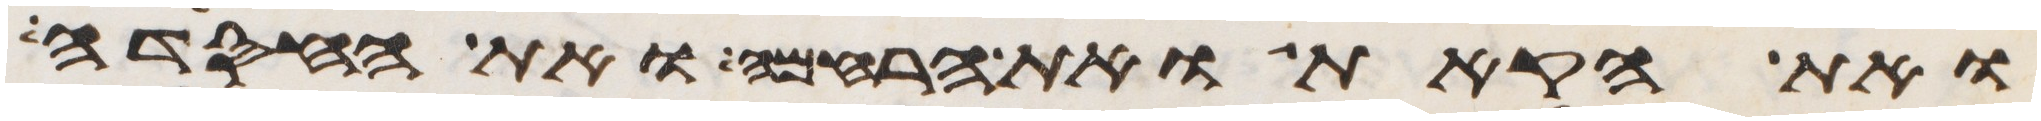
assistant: ואת הקאת ואת הרחמה ואת החסידה